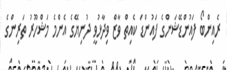
ރެއިންބޯ ފައުންޑޭޝަންގެ ފައުންޑަ ކެއިތް ވާޒް ވިދާޅުވީ ދުނިޔޭގެ އެންމެ މަޝްހޫރު ތަރިންގެ